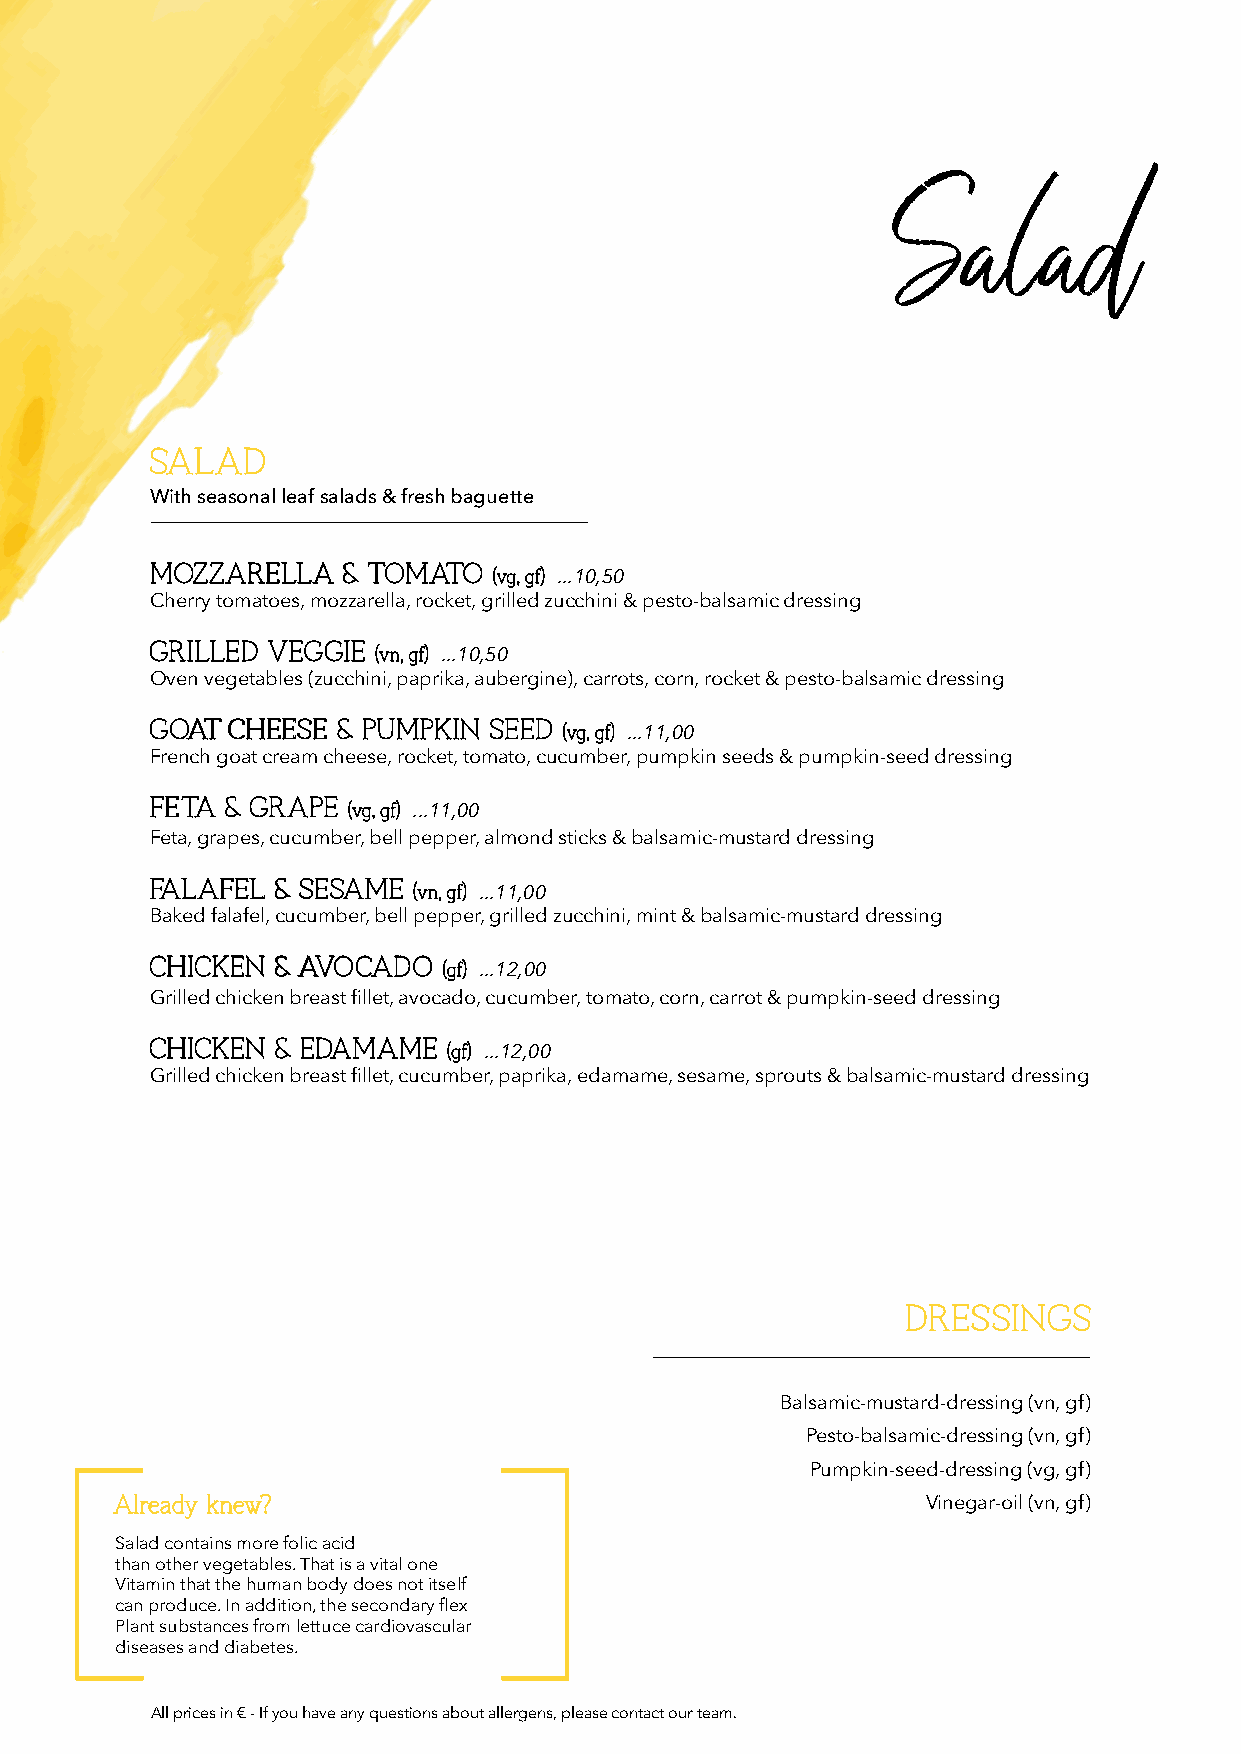
Salad
 SSAALLAADD
 With seasonal leaf salads & fresh baguette
 MMOOZZZZAARREELLLLAA && TTOOMMAATTOO
 ((vvgg,, ggff)) ...10,50
 Cherry tomatoes, mozzarella, rocket, grilled zucchini & pesto-balsamic dressing
 GGRRIILLLLEEDD VVEEGGGGIIEE
 ((vvnn,, ggff)) ...10,50
 Oven vegetables (zucchini, paprika, aubergine), carrots, corn, rocket & pesto-balsamic dressing
 GGOOAATT CCHHEEEESSEE && PPUUMMPPKKIINN SSEEEEDD
 ((vvgg,, ggff)) ...11,00
 French goat cream cheese, rocket, tomato, cucumber, pumpkin seeds & pumpkin-seed dressing
 FFEETTAA && GGRRAAPPEE
 ((vvgg,, ggff)) ...11,00
 Feta, grapes, cucumber, bell pepper, almond sticks & balsamic-mustard dressing
 FFAALLAAFFEELL && SSEESSAAMMEE
 ((vvnn,, ggff)) ...11,00
 Baked falafel, cucumber, bell pepper, grilled zucchini, mint & balsamic-mustard dressing
 CCHHIICCKKEENN && AAVVOOCCAADDOO
 ((ggff)) ...12,00
 Grilled chicken breast fillet, avocado, cucumber, tomato, corn, carrot & pumpkin-seed dressing
 CCHHIICCKKEENN && EEDDAAMMAAMMEE
 ((ggff)) ...12,00
 Grilled chicken breast fillet, cucumber, paprika, edamame, sesame, sprouts & balsamic-mustard dressing
 DDRREESSSSIINNGGSS
 Balsamic-mustard-dressing (vn, gf)
 Pesto-balsamic-dressing (vn, gf)
 Pumpkin-seed-dressing (vg, gf)
 AAllrreeaaddyy kknneeww??                            Vinegar-oil (vn, gf)
 Salad contains more folic acid
 than other vegetables. That is a vital one
 Vitamin that the human body does not itself
 can produce. In addition, the secondary flex
 Plant substances from lettuce cardiovascular
 diseases and diabetes.
 All prices in € - If you have any questions about allergens, please contact our team.